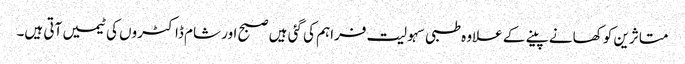
متاثرین کو کھانے پینے کے علاوہ طبی سہولیت فراہم کی گئی ہیں صبح اور شام ڈاکٹروں کی ٹیمیں آتی ہیں۔